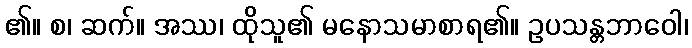
၏။ စ၊ ဆက်။ အဿ၊ ထိုသူ၏ မနောသမာစာရ၏။ ဥပသန္တဘာဝေါ၊